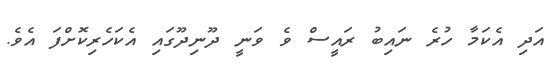
އަދި އެކަމާ ހުރެ ނައިބު ރައީސް ވެ ވަނީ ދޫނިދޫގައި އެކަހެރިކޮށްފަ އެވެ.